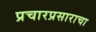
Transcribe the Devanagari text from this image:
प्रचारप्रसाराचा